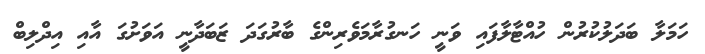
ހަމަލާ ބަދަލުކުރުން ހުއްޓާލާފައި ވަނީ ހަނގުރާމަވެރިންގެ ބާރުގަދަ ޒަބަދާނީ އަވަށުގަ އާއި އިދްލިބް